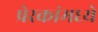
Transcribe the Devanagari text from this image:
प्रेरकांमध्ये